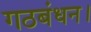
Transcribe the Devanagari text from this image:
गठबंधन।